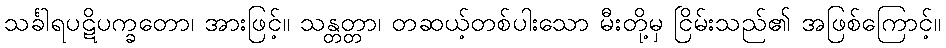
သင်္ခါရပဋိပက္ခတော၊ အားဖြင့်။ သန္တတ္တာ၊ တဆယ့်တစ်ပါးသော မီးတို့မှ ငြိမ်းသည်၏ အဖြစ်ကြောင့်။